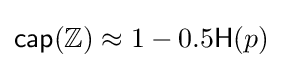
{\mathsf {cap}}(\mathbb {Z} )\approx 1-0.5{\mathsf {H}}(p)